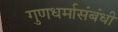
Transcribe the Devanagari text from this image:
गुणधर्मासंबंधी